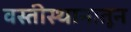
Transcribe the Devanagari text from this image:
वस्तीस्थानातून